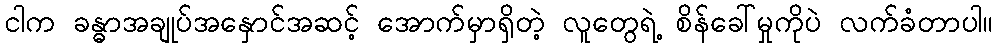
ငါက ခန္ဓာအချုပ်အနှောင်အဆင့် အောက်မှာရှိတဲ့ လူတွေရဲ့ စိန်ခေါ်မှုကိုပဲ လက်ခံတာပါ။